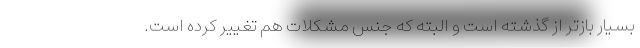
بسیار باز‌تر از گذشته است و البته که جنس مشکلات هم تغییر کرده است.